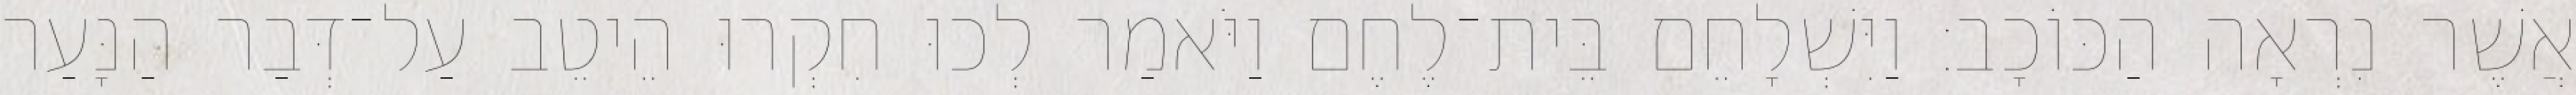
אֲשֶׁר נִרְאָה הַכּוֹכָב׃ וַיִּשְׁלָחֵם בֵּית־לֶחֶם וַיֹּאמַר לְכוּ חִקְרוּ הֵיטֵב עַל־דְּבַר הַנָּעַר